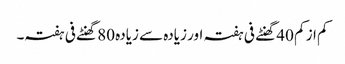
کم از کم 40 گھنٹے فی ہفتہ اور زیادہ سے زیادہ 80 گھنٹے فی ہفتہ۔